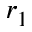
r _ { 1 }